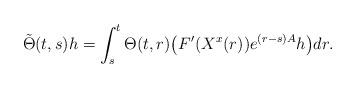
LaTeX: \begin{align*}\tilde{\Theta}(t,s)h=\int_s^t \Theta(t,r)\bigl(F'(X^x(r))e^{(r-s)A}h\bigr)dr.\end{align*}